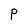
Character: P